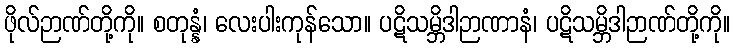
ဖိုလ်ဉာဏ်တို့ကို။ စတုန္နံ၊ လေးပါးကုန်သော။ ပဋိသမ္ဘိဒါဉာဏာနံ၊ ပဋိသမ္ဘိဒါဉာဏ်တို့ကို။